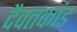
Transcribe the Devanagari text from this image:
दैवतकांड